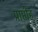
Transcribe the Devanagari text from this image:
प्राप्तीह